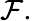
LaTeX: {\mathcal F}.